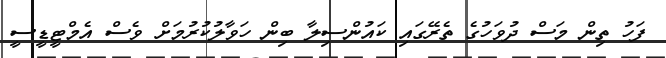
ފަހު ތިން މަސް ދުވަހުގެ ތެރޭގައި ކައުންސިލާ ބިން ހަވާލުކުރުމަށް ވެސް އެމްޓީޑީސީ